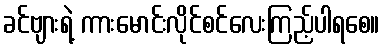
ခင်ဗျားရဲ့ ကားမောင်းလိုင်စင်လေးကြည့်ပါရစေ။